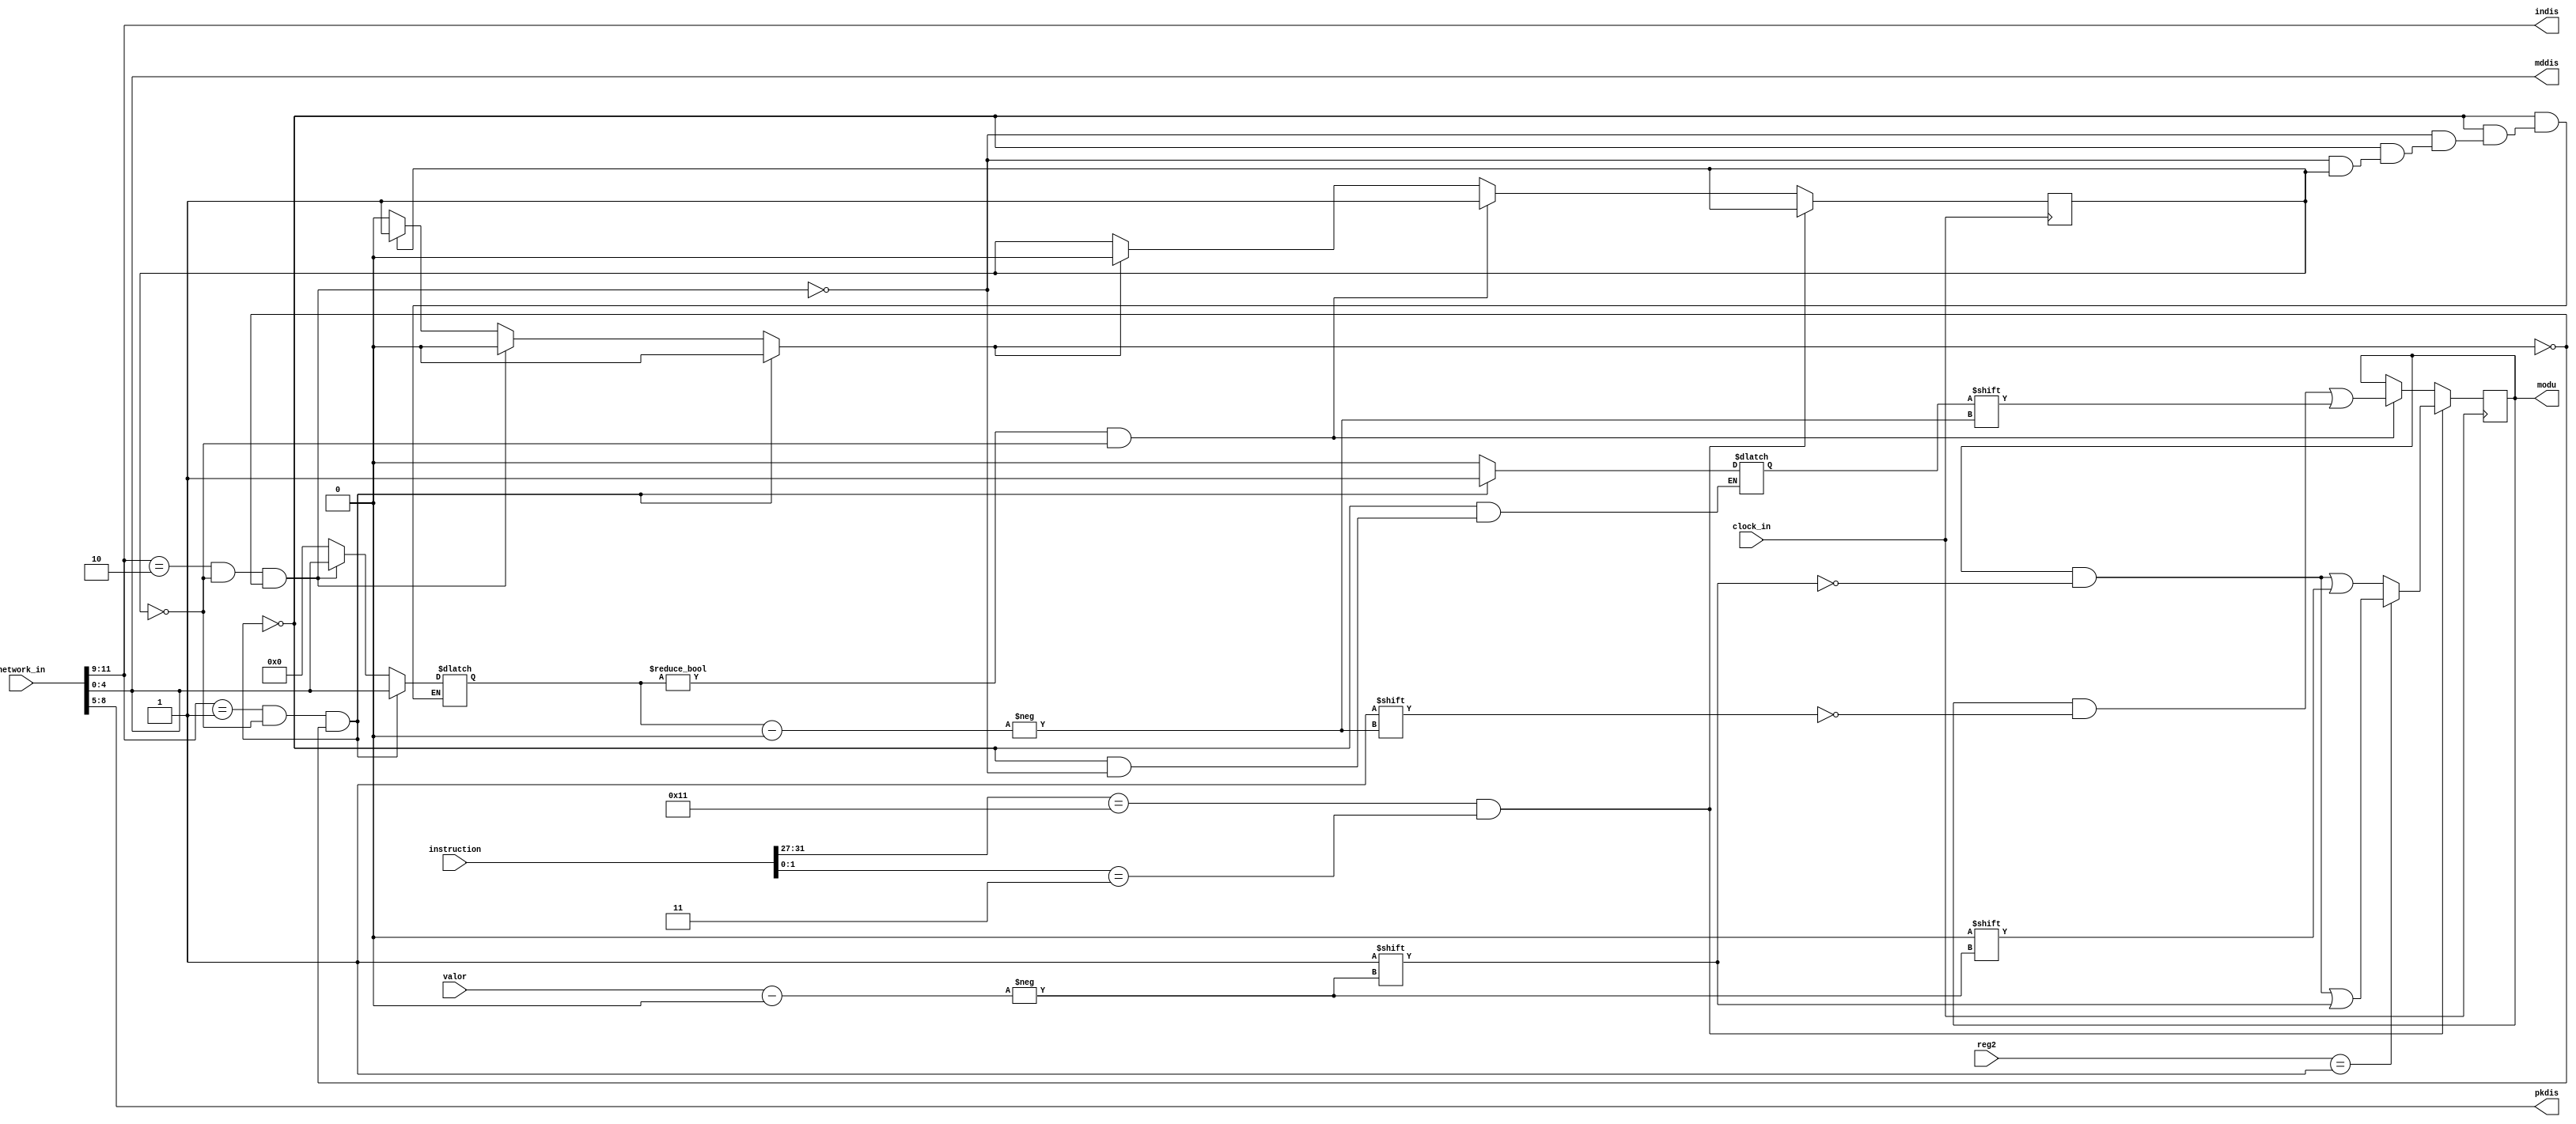
module modulos

(
	clock_in,
	instruction,
	modu,
	valor,
	reg2,
	network_in,
	pkdis,
	indis,	
	mddis
);

input [11:0]network_in;
input clock_in;
input [31:0] valor;
input [31:0] instruction;
output [7:0]modu;
reg [7:0]buffer;
reg [7:0]nbuffer;
reg [4:0] v = 5'b00000;
input [31:0]reg2;
output [2:0] indis;
output [3:0] pkdis;
output [4:0] mddis;
reg st = 0;
reg c = 0;
reg r = 0;
initial
begin
	buffer[0] = 0;
	buffer[1] = 0;
	buffer[2] = 0;
	buffer[3] = 0;
	buffer[4] = 0;
	buffer[5] = 0;
	buffer[6] = 0;
	buffer[7] = 0;
end

always @(posedge clock_in) begin
	if(instruction[31:27] == 5'b10001 && instruction[1:0] == 2'b11) begin
		if(reg2 == 32'b00000000000000000000000000000001) begin
			buffer[valor] = 1;
		end
		else begin
			buffer[valor] = 0;
		end
	end
	else begin
		if(v != 5'b00000 && c == 0) begin
			buffer[v] = st;
			c = 1;
		end
		else if(r == 1) begin
			c = 0;
		end		
	end
end

always @(network_in or c) begin
	if(network_in[11:9] == 3'b001 && c == 0 && r == 0) begin
		v = network_in[4:0];
		st = 1;
		r = 0;
	end
	else if(network_in[11:9] == 3'b010 && c == 0 && r == 0) begin
		v = network_in[4:0];
		st = 0;
		r = 0;
	end
	else if(c == 1) begin
		r = 1;
	end
	else begin
		v = 5'b00000;
		r = 0;
	end
	
end

assign modu = buffer;
assign indis = network_in[11:9];
assign pkdis = network_in[8:5];
assign mddis = network_in[4:0];
endmodule